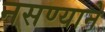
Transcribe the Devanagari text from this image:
नसण्याने